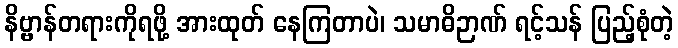
နိဗ္ဗာန်တရားကိုရဖို့ အားထုတ် နေကြတာပဲ၊ သမာဓိဉာဏ် ရင့်သန် ပြည့်စုံတဲ့